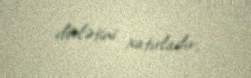
dövlətini xatırladır.